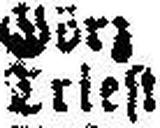
Triest